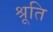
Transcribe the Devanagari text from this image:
श्रूति